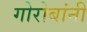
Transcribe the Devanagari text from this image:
गोरोबांनी